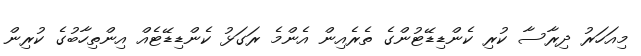
މިއަހަރު ދިރާސާ ކުރި ކެންޑިޑޭޓުންގެ ތެރެއިން އެންމެ ރަގަޅު ކެންޑިޑޭޓެއްް އިންތިހާބުގެ ކުރިން